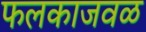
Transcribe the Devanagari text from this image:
फलकाजवळ